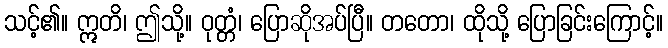
သင့်၏။ ဣတိ၊ ဤသို့။ ဝုတ္တံ၊ ပြောဆိုအပ်ပြီ။ တတော၊ ထိုသို့ ပြောခြင်းကြောင့်။